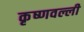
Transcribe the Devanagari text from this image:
कृष्णवल्ली